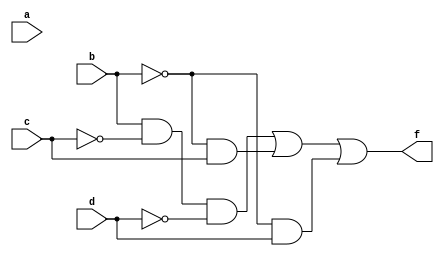
module prog1_2(a,b,c,d,f);
input a,b,c,d;
output f;
assign f = (b&~c&~d)|(~b&c)|(~b&d);
endmodule